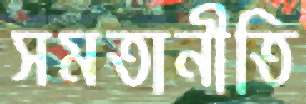
সমতানীতি